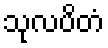
သုလပိတံ